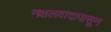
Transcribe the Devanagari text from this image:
नक्षलवादापासून